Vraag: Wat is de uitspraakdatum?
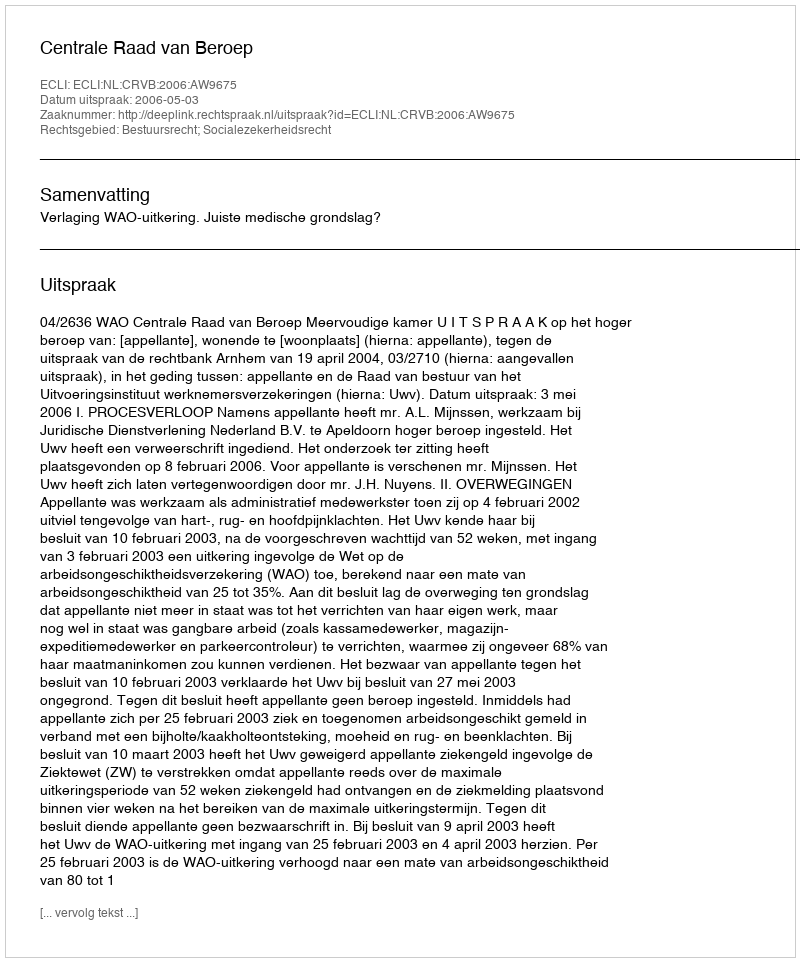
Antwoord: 2006-05-03